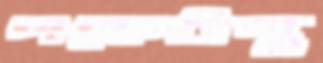
পকেটস্থ